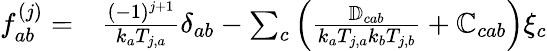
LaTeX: \begin{array}{rl}{\mathcal{f}_{ab}^{(j)}=}&{{}\frac{(-1)^{j+1}}{k_{a}T_{j,a}}\delta_{ab}-\sum_{c}\left(\frac{\mathbb{D}_{cab}}{k_{a}T_{j,a}k_{b}T_{j,b}}+\mathbb{C}_{cab}\right)\xi_{c}}\end{array}